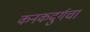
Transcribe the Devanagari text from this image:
कनकदुर्गचा